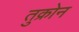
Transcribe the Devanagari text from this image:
तुक्रोन